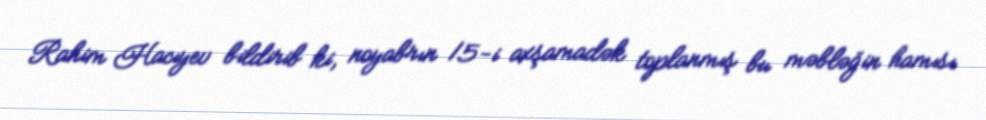
Rahim Hacıyev bildirib ki, noyabrın 15-i axşamadək toplanmış bu məbləğin hamısı